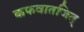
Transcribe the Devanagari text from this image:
कफवातजित्